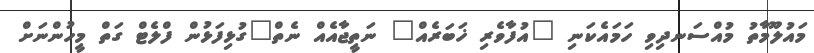
މައުލޫމާތު މުއްސަނދިވި ހަމައެކަނި "އުފާވެރި ޚަބަރެއް" ނަތީޖާއެއް ނެތް"ގުޅިފަޅުން ފްލެޓް ގަތް މީހުންނަށް